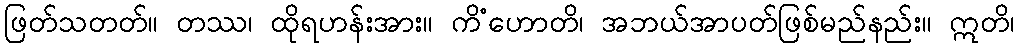
ဖြတ်သတတ်။ တဿ၊ ထိုရဟန်းအား။ ကိံဟောတိ၊ အဘယ်အာပတ်ဖြစ်မည်နည်း။ ဣတိ၊